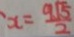
x = \frac { 9 \sqrt { 5 } } { 2 }